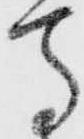
馬